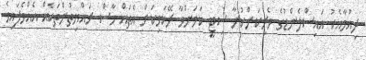
ދިއުމާއެކު އައިސްލެންޑުގެ ވެރިކަންކުރާ ސިޓީ ކަމަށްވާ ރޭކަވިކަށް އެތައް ހާސް ރައްޔިތުންތަކެއް އެއްވެފައިވެ